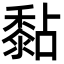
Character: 黏